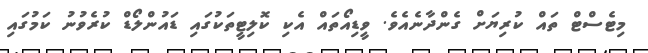
މިޓެސްޓް ތައް ކުރިޔަށް ގެންދާނެއެވެ. ވީޑިއޯތައް އެކި ކޮލިޓީތަކުގައި ޑައުންލޯޑް ކުރެވުނު ކަމުގައި